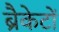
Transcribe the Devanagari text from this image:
ब्रैकेटों